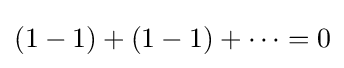
(1-1)+(1-1)+\cdots =0